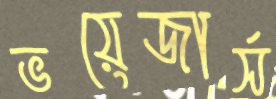
ভয়েজার্স